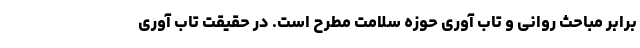
برابر مباحث روانی و تاب آوری حوزه سلامت مطرح است. در حقیقت تاب آوری